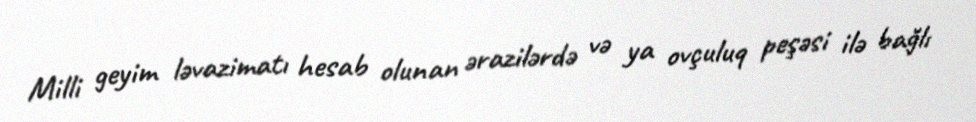
Milli geyim ləvazimatı hesab olunan ərazilərdə və ya ovçuluq peşəsi ilə bağlı